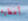
أعطيه